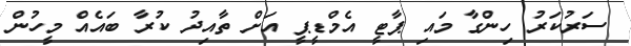
ސަރުކަރު ހިންގާ މައި ޕާޓީ އެމްޑީޕީ އަށް ތާއިދު ކުރާ ބައެއް މީހުން